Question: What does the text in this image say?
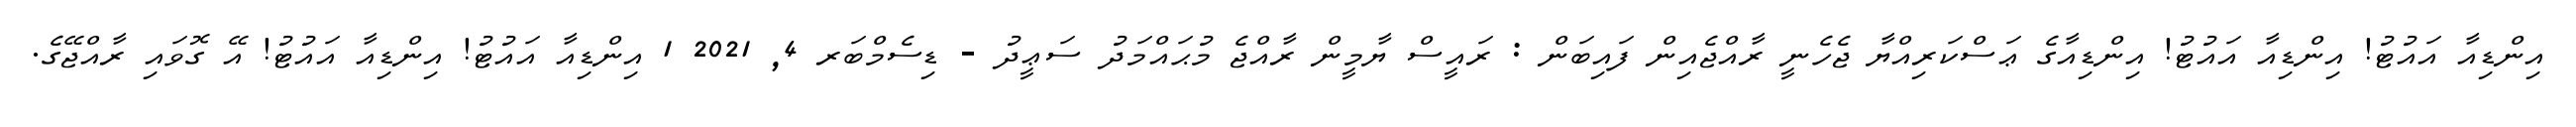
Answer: އިންޑިއާ އައުޓު! އިންޑިއާ އައުޓު! އިންޑިއާގެ ޢަސްކަރިއްޔާ ޖެހެނީ ރާއްޖެއިން ފައިބަން : ރައީސް ޔާމީން ރާއްޖެ މުޙައްމަދު ސަޢީދު - ޑިސެމްބަރ 4, 2021 1 އިންޑިއާ އައުޓު! އިންޑިއާ އައުޓު! އޭ ގޮވައި ރާއްޖޭގެ.